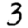
Digit: 3